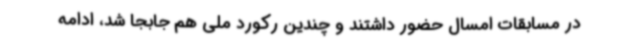
در مسابقات امسال حضور داشتند و چندین رکورد ملی هم جابجا شد، ادامه